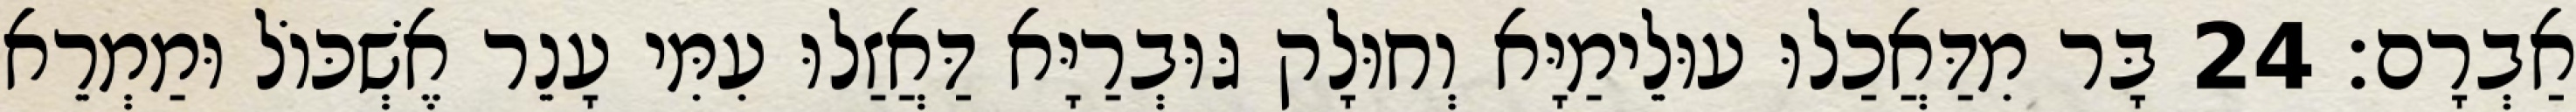
אַבְרָם׃ 24 בָּר מִדַּאֲכַלוּ עוּלֵימַיָּא וְחוּלָק גּוּבְרַיָּא דַּאֲזַלוּ עִמִּי עָנֵר אֶשְׁכּוֹל וּמַמְרֵא